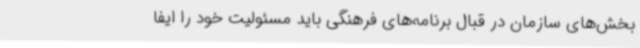
بخش‌های سازمان در قبال برنامه‌های فرهنگی باید مسئولیت خود را ایفا